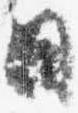
日